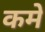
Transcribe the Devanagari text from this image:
कमे